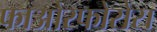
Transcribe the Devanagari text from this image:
फाओस्फोरोस